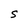
Character: s